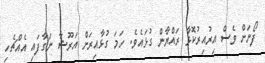
ފޯނަށް ވެސް އިރުއިރުކޮޅާ ރައްޔާން ގުޅައެވެ. ހަމަ ގުޅާއިރަށް އަރޫޝާ ނަގާފައި އެއްޗެހި